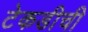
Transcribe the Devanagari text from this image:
टेकडीची